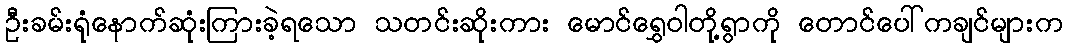
ဦးခမ်းရုံနောက်ဆုံးကြားခဲ့ရသော သတင်းဆိုးကား မောင်ရွှေဝါတို့ရွာကို တောင်ပေါ်ကချင်များက